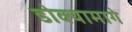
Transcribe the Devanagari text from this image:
डोक्यामागे